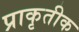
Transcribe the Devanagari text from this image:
प्राकृतीक